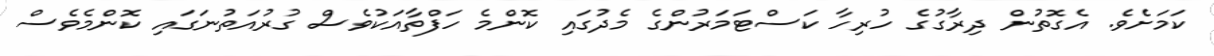
ކަމަށެވެ. އެެގޮތުން ދިރާގުގެ ހުރިހާ ކަސްޓަމަރުންގެ މެދުގައި ކޮންމެ ހަފްތާއަކުވެސް ގުރުއަތުނަގައި ކޮންމެވެސް